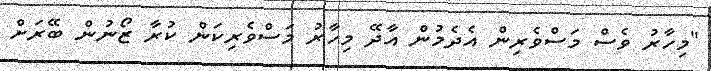
"މިހާރު ވެސް މަސްވެރިން އެދެމުން އާދޭ މިހާރު މަސްވެރިކަން ކުރާ ޒޯނުން ބޭރަށް